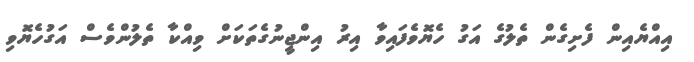
އިއްޔެއިން ފެށިގެން ތެލުގެ އަގު ހެޔޮވެފައިވާ އިރު އިންޖީނުގެތަކަށް ވިއްކާ ތެލުންވެސް އަގުހެޔޮވި